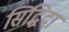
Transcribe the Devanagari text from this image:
सिद्धिदां